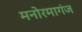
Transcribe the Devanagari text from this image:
मनोरमागंज